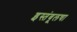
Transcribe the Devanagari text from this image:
इस्तंबूलचा